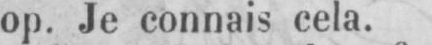
op. Je connais cela.